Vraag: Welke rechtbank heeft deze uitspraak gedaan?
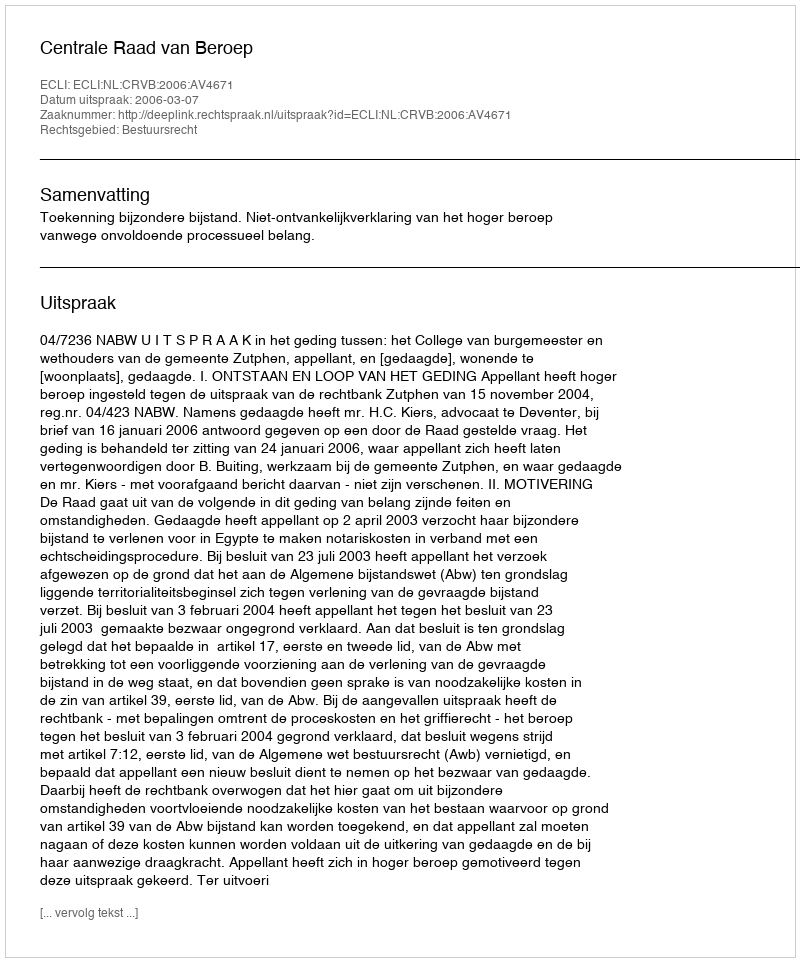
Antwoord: Centrale Raad van Beroep